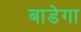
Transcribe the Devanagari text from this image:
बाडेगा